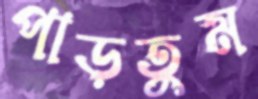
পাড়তুম